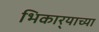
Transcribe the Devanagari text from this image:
भिकार्‍याच्या